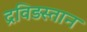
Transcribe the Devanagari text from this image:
द्रविड़स्तान